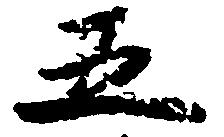
五